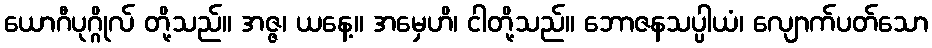
ယောဂီပုဂ္ဂိုလ် တို့သည်။ အဇ္ဇ၊ ယနေ့။ အမှေဟိ၊ ငါတို့သည်။ ဘောဇနသပ္ပါယံ၊ လျောက်ပတ်သော